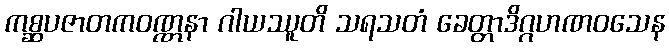
ကစ္ဆပဇာတကဝဏ္ဏနာ ဂါယဿူတိ သရသတံ ခေတ္တာဒိဂ္ဂဟဏဝသေန